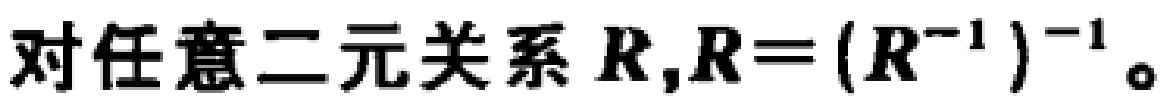
对任意二元关系 \(R,R=(R^{-1})^{-1}\)。